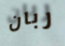
ربان